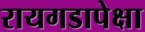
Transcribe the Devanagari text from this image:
रायगडापेक्षा